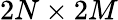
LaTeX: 2N\times 2M